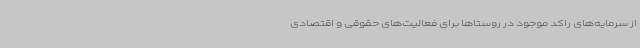
از سرمایه‌های راکد موجود در روستاها برای فعالیت‌های حقوقی و اقتصادی